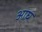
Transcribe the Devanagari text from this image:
आघ